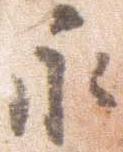
永